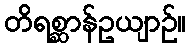
တိရစ္ဆာန်ဥယျာဉ်။